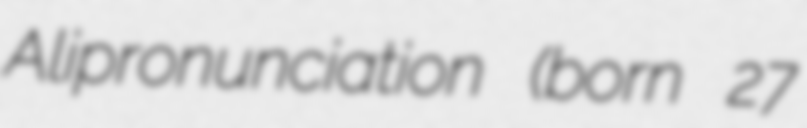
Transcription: Alipronunciation (born 27